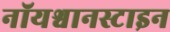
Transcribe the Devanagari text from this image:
नॉयश्वानस्टाइन